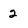
Character: 2